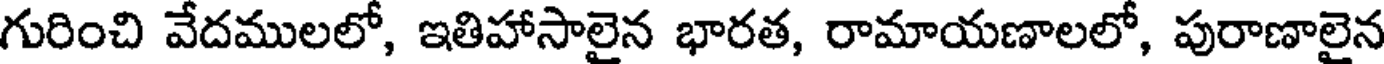
గురించి వేదములలో, ఇతిహాసాలైన భారత, రామాయణాలలో, పురాణాలైన